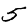
Digit: 5